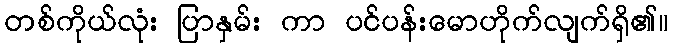
တစ်ကိုယ်လုံး ပြာနှမ်း ကာ ပင်ပန်းမောဟိုက်လျက်ရှိ၏။